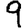
Digit: 9